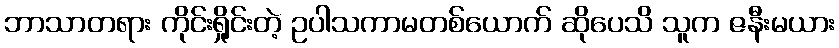
ဘာသာတရား ကိုင်းရှိုင်းတဲ့ ဥပါသကာမတစ်ယောက် ဆိုပေသိ သူက ဇနီးမယား